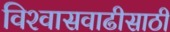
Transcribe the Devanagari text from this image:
विश्‍वासवाढीसाठी